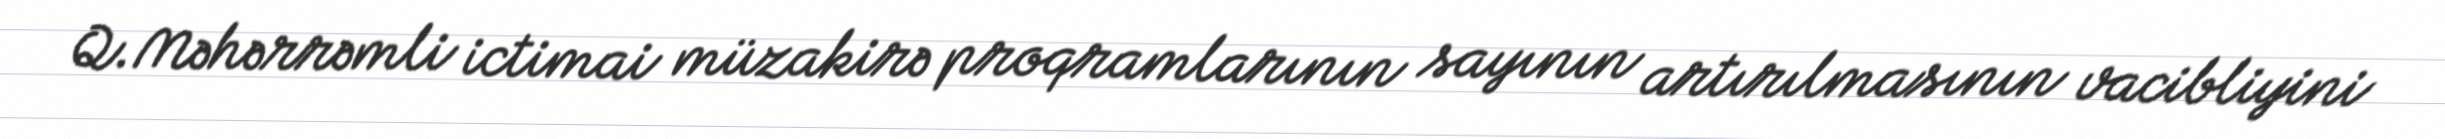
Q.Məhərrəmli ictimai müzakirə proqramlarının sayının artırılmasının vacibliyini